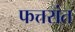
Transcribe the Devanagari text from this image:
फत्तरांत